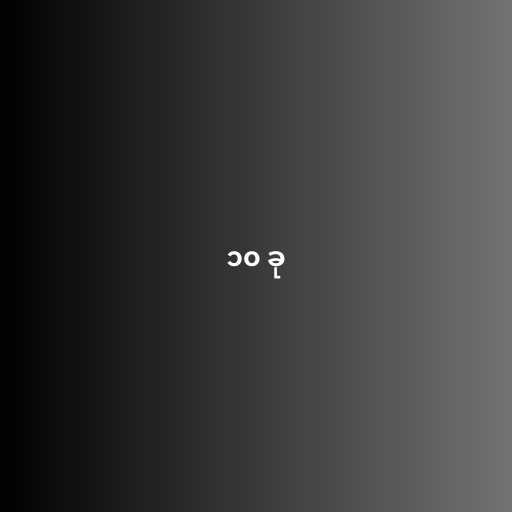
၁၀ ခု